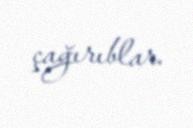
çağırıblar.